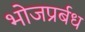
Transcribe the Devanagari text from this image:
भोजप्रर्बध